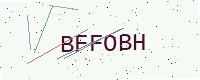
Text: BFFOBH